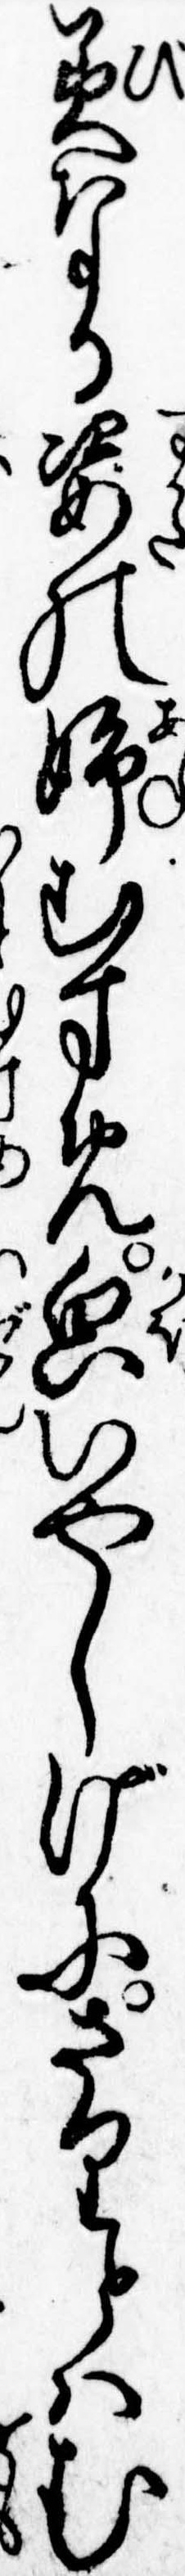
美なる姿の姉むすめ貌いやしげにさりとはむ